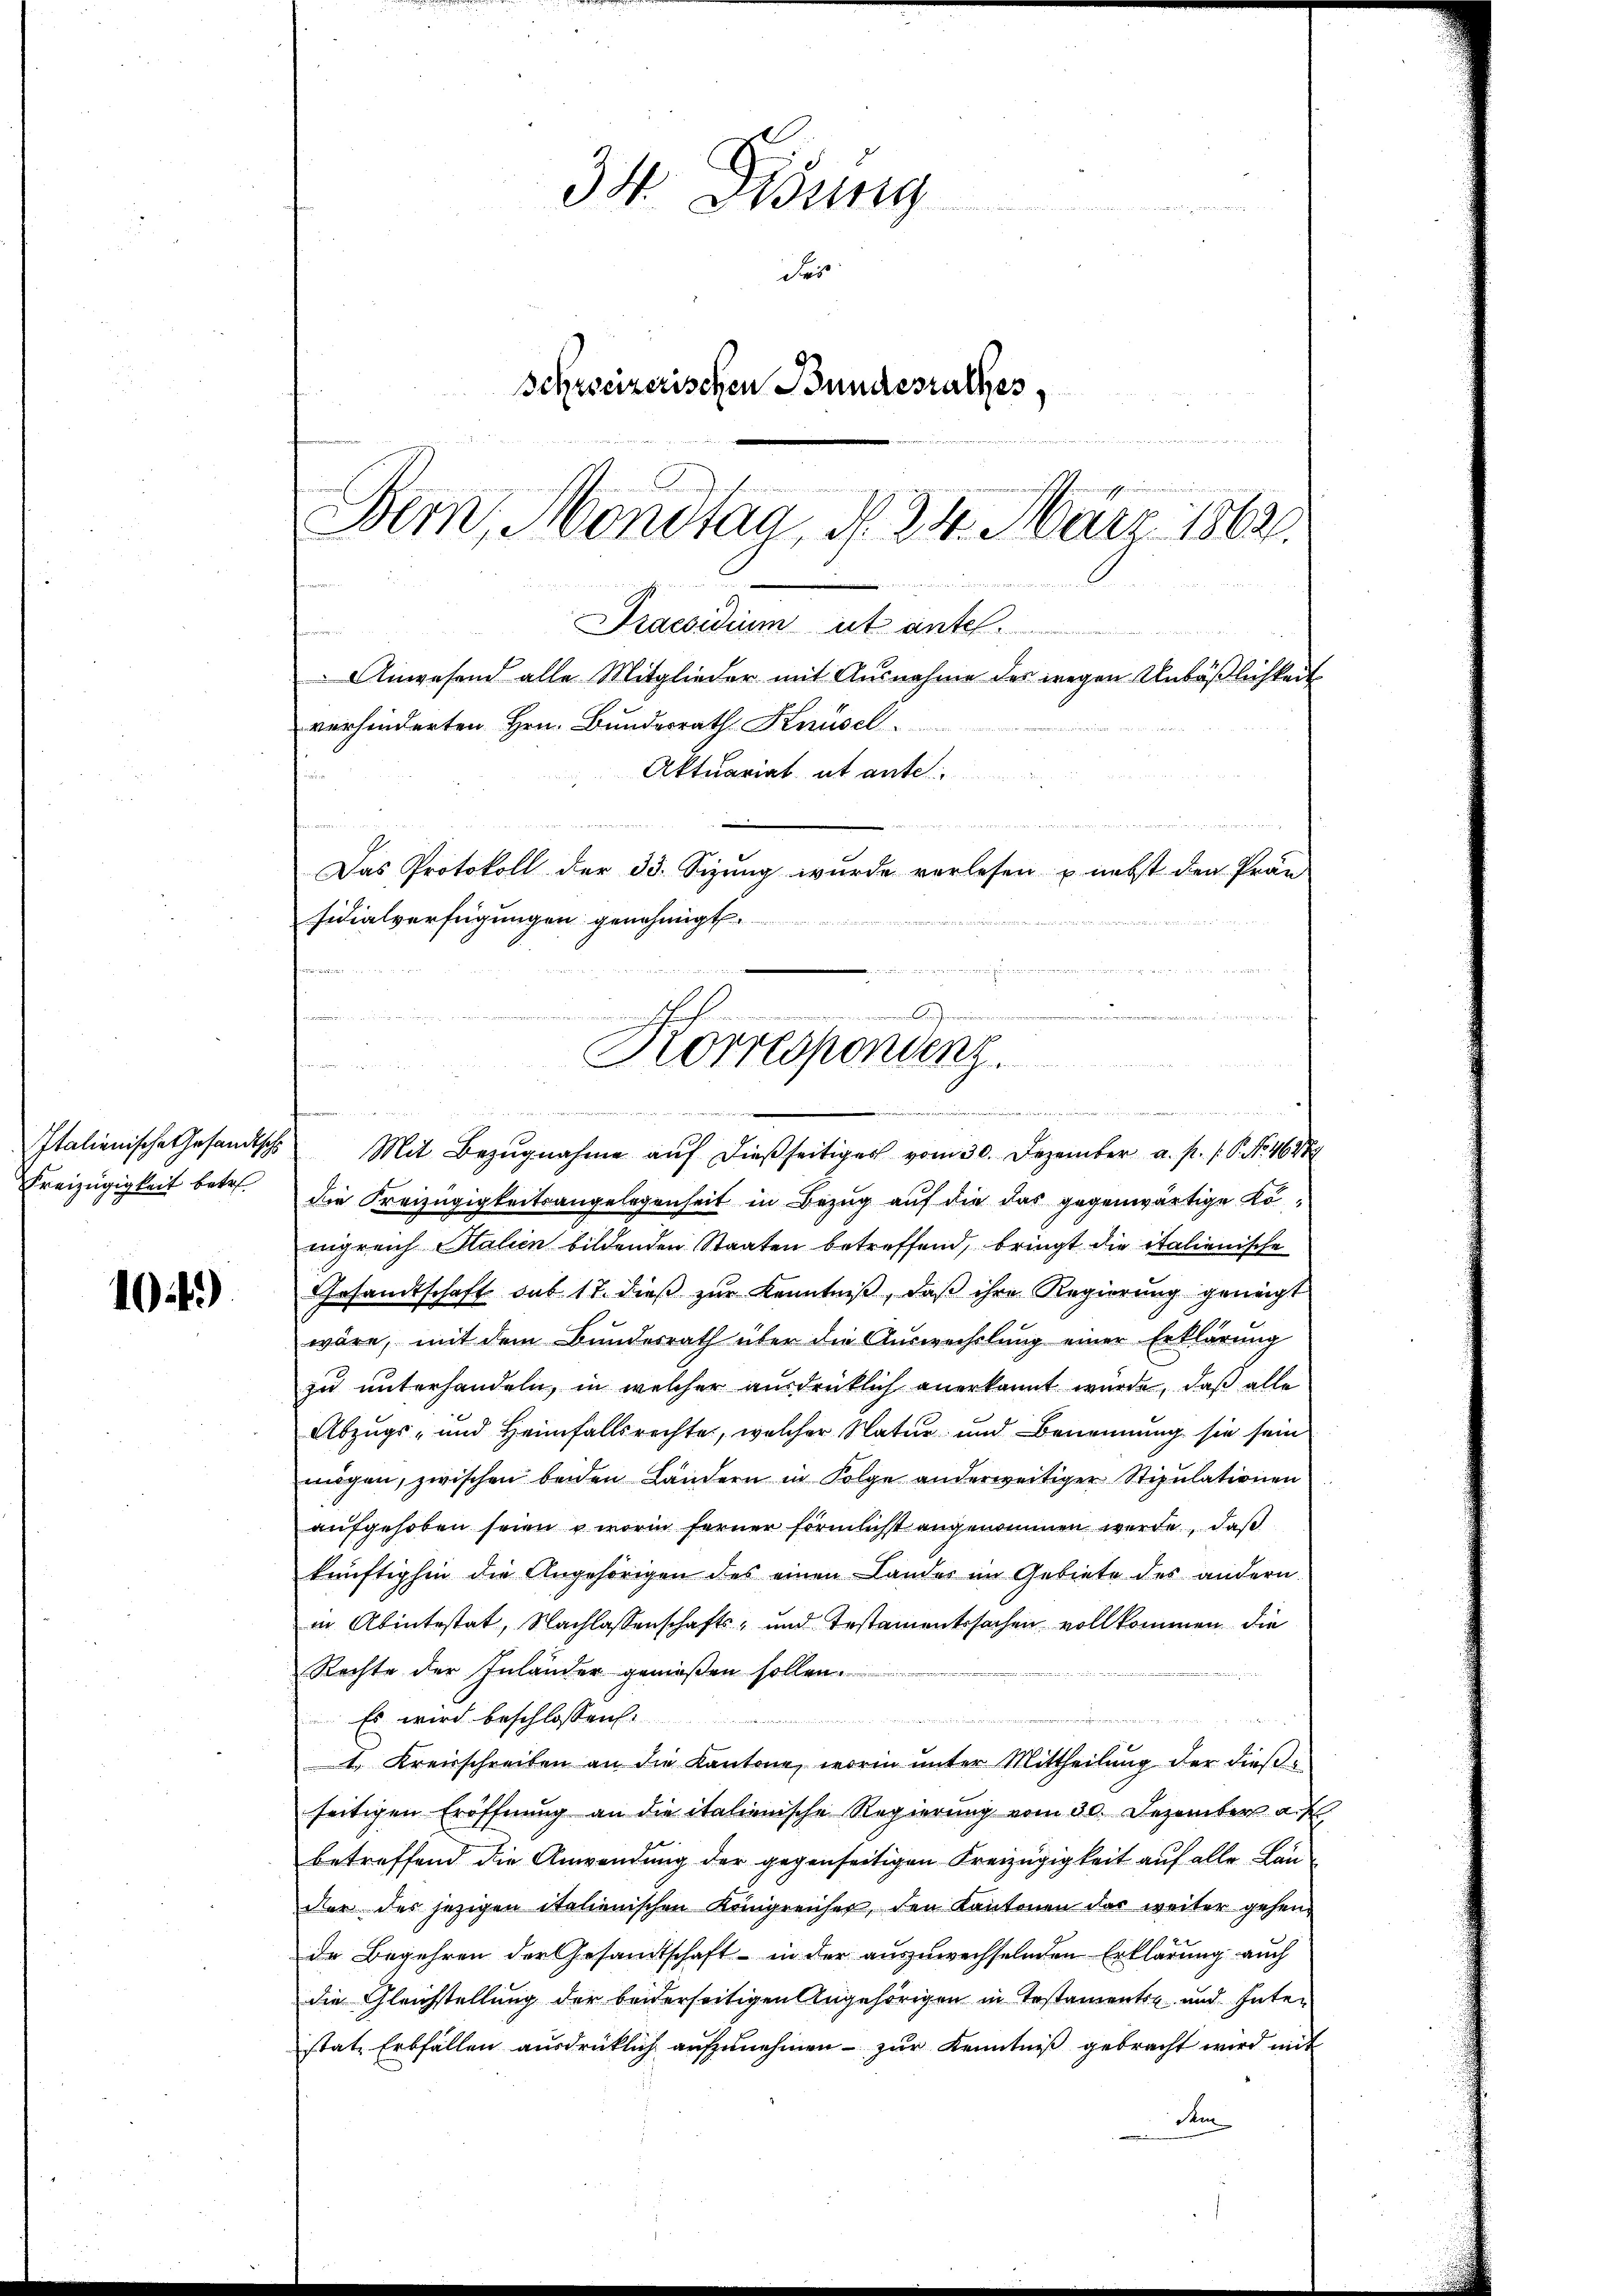
Italienische Gesandtsche
Freizügigkeit betr

104)

34. Disung
Fei
Schweizerischen Bundesrathes,
w
Bern, Monstag, d. 24. März 1862.

Praesidium ut antel
Anwesend alle Mitglieder mit Ausnahme des wegen Unbößlichkeit
verhinderten Hrn. Bundesrath Knüsel
n
 ver
Das Protokoll der 33. Sizung wurde verlesen u. nebst den Prän-
sidialverfügungen genehmigt.
i
S t Seite des Kindet hat der

e
Korrespondenz.

.
n

Aktuariat, ut ante

Mit Bezugnahme auf dießseitiges vom 30. Dezember a. p. 1. P. Nr. 46884
die Kreizügigkeitsangelegenheit in Bezug auf die das gegenwärtige Konigreich Stalien bildenden Staaten betreffend, bringt die italienische
Gesandtschaft das 17. dieß zur Kenntniß, daß ihre Regierung geneigt
wäre, mit dem Bundesrath über die Auswechslung einer Erklärung
zu unterhandeln, in welcher ausdrücklich anerkannt wurde, daß alle
Abzugs- und Heimfallsrechte, welcher Natur und Benennung sie sein
mögen, zwischen beiden Ländern in Folge anderweitiger Stipulationen
aufgehoben seien u. worin ferner förmlicht angenommen werde, daß
künftighin die Angehörigen des einen Landes im Gebiete des andern.
in Abintestat, Nachlassenschafts- und Testamentssachen vollkommen die
Rechte der Inländer genießen sollen.
Es wird beschlossen:

c
1. Kreisschreiben an die Kantone, worin ŭnter Mittheilŭng der dießseitigen Eröffnung an die italienische Regierung vom 30. Dezember a.
betreffend die Anwendung der gegenseitigen Freizügigkeit auf alle Län-
der des jezigen italienischen Königreicher, den Kantonen das weiter gehen
de Begehren der Gesandtschaft - in der auszuwechselnden Erklärung auch
die Gleichstellung der beiderseitigen Angehörigen in Testamentre und Inter
statt Erbfällen ausdrücklich aufzunehmen - zur Kenntniß gebracht wird mit
dem